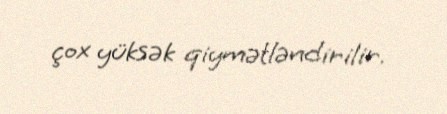
çox yüksək qiymətləndirilir.